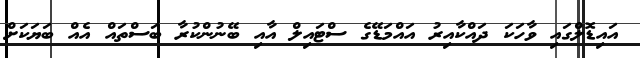
އައިޑޮލްގައި ވާހަކަ ދައްކާއިރު އައްމަޑޭގެ ސްޓައިލް އާއި ބޭނުންކުރާ ބަސްތައް އެއް ބަޔަކަށް